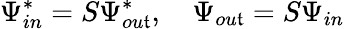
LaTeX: \Psi_{in}^{*}=S\Psi_{ou\mathfrak{t}}^{*},\quad\Psi_{ou\mathfrak{t}}=S\Psi_{in}